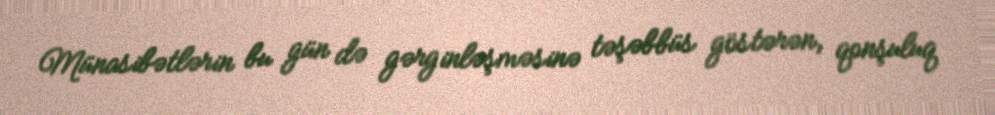
Münasibətlərin bu gün də gərginləşməsinə təşəbbüs göstərən, qonşuluq